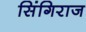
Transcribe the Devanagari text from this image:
सिंगिराज